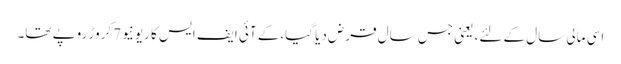
اسی مالی سال کے لئے، یعنی جس سال قرض دیا گیا،کے آئی ایف ایس کا ریونیو7 کروڑ روپے تھا۔